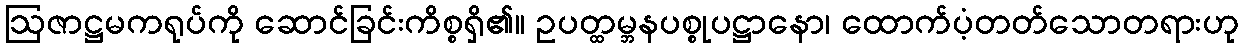
ဩဇာဋ္ဌမကရုပ်ကို ဆောင်ခြင်းကိစ္စရှိ၏။ ဥပတ္ထမ္ဘနပစ္စုပဋ္ဌာနော၊ ထောက်ပံ့တတ်သောတရားဟု